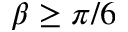
\beta \ge \pi / 6